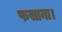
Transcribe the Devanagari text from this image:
फसाना।